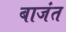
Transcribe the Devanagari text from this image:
बाजंत